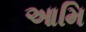
આમિ